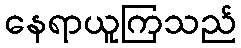
နေရာယူကြသည်